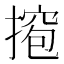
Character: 𫽵